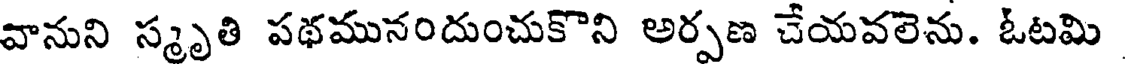
వానుని స్మృతి పథమునందుంచుకొని అర్పణ చేయవలెను. ఓటమి